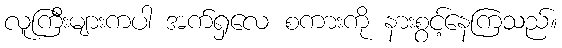
လူကြီးများကပါ အက်ရှလေ စကားကို နားစွင့်နေကြသည်။